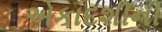
એકાદશીની